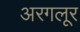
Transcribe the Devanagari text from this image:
अरगलूर